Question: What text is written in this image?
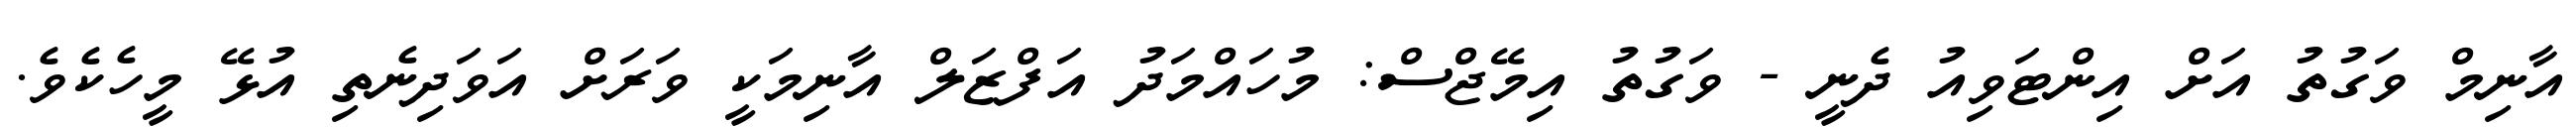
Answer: އާނިމް ވަގުތު އަށް އިންޓަވިއު ދެނީ - ވަގުތު އިމޭޖްސް: މުހައްމަދު އަފްޒަލް އާނިމަކީ ވަރަށް އަވަދިނެތި އުޅޭ މީހެކެވެ.